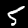
Digit: 5